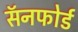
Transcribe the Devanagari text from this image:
सॅनफोर्ड